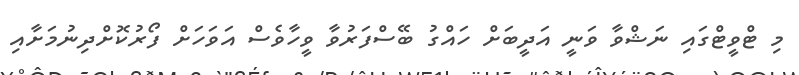
މި ޓްވީޓްގައި ނަޝްވާ ވަނީ އަދީބަށް ހައްގު ބޭސްފަރުވާ ވީހާވެސް އަވަހަށް ފޯރުކޮށްދިނުމަށާއި